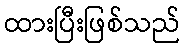
ထားပြီးဖြစ်သည်